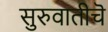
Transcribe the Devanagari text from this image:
सुरुवातीचॆ